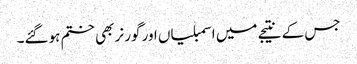
جس کے نتیجے میں اسمبلیاں اور گورنر بھی ختم ہوگئے۔